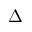
\Delta